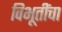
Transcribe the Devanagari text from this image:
विभूतींचा